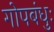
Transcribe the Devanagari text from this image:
गोपबंधुः